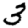
Digit: 3